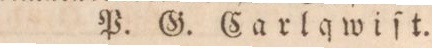
P. G. Carlqwiſt.